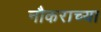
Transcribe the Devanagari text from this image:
नौकराच्या